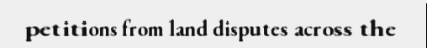
petitions from land disputes across the